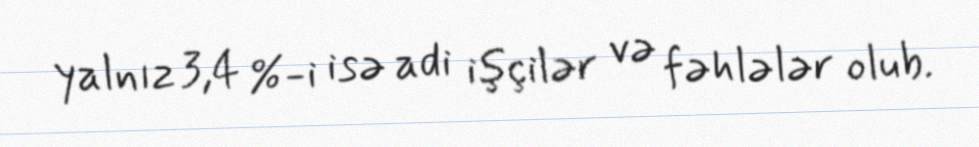
yalnız 3,4 %-i isə adi işçilər və fəhlələr olub.